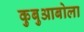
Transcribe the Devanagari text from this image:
कुबुआबोला